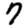
Digit: 7